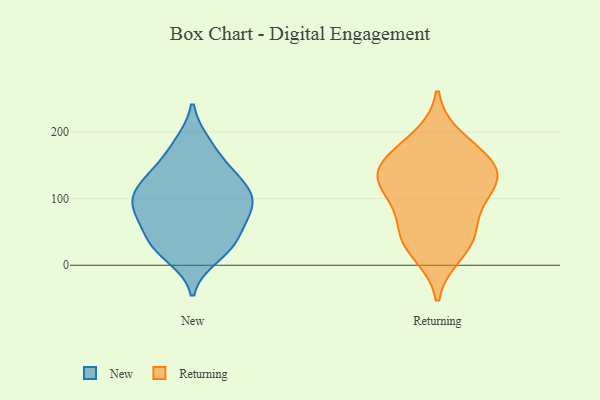
{"axis": {"x": "Revenue (USD Million)", "y": "Value"}, "legend": ["New", "Returning"], "data": [{"x": "", "y": 146, "type": "New"}, {"x": "", "y": 113, "type": "New"}, {"x": "", "y": 88, "type": "New"}, {"x": "", "y": 180, "type": "New"}, {"x": "", "y": 72, "type": "New"}, {"x": "", "y": 139, "type": "New"}, {"x": "", "y": 33, "type": "New"}, {"x": "", "y": 100, "type": "New"}, {"x": "", "y": 75, "type": "New"}, {"x": "", "y": 24, "type": "New"}, {"x": "", "y": 103, "type": "New"}, {"x": "", "y": 45, "type": "New"}, {"x": "", "y": 183, "type": "New"}, {"x": "", "y": 13, "type": "New"}, {"x": "", "y": 50, "type": "New"}, {"x": "", "y": 132, "type": "New"}, {"x": "", "y": 25, "type": "New"}, {"x": "", "y": 92, "type": "New"}, {"x": "", "y": 89, "type": "New"}, {"x": "", "y": 123, "type": "New"}, {"x": "", "y": 116, "type": "Returning"}, {"x": "", "y": 164, "type": "Returning"}, {"x": "", "y": 138, "type": "Returning"}, {"x": "", "y": 63, "type": "Returning"}, {"x": "", "y": 155, "type": "Returning"}, {"x": "", "y": 18, "type": "Returning"}, {"x": "", "y": 114, "type": "Returning"}, {"x": "", "y": 190, "type": "Returning"}, {"x": "", "y": 113, "type": "Returning"}, {"x": "", "y": 48, "type": "Returning"}, {"x": "", "y": 144, "type": "Returning"}, {"x": "", "y": 37, "type": "Returning"}]}